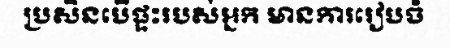
ប្រសិនបើផ្ទះរបស់អ្នក មានការរៀបចំ